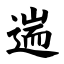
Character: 遄